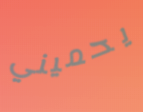
يحميني